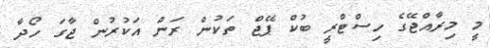
މީ މިރާއްޖޭގެ ހިސްޓްރީ ބުކް ޕޭޖް ތަކުން ރަން އަކުރުން ޖާގަ ހޯދާ